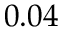
0 . 0 4